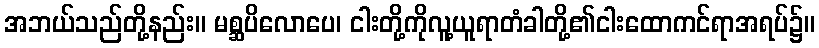
အဘယ်သည်တို့နည်း။ မစ္ဆပိလောပေ၊ ငါးတို့ကိုလူ့ယူရာတံခါတို့၏ငါးထောကင်ရာအရပ်၌။